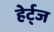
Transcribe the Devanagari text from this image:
हेर्ट्ज